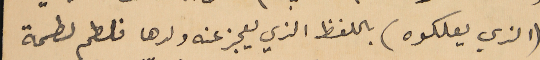
(الذي يعلكوه) باللفظ الذي يعجز عنه ولدها فلطم لطمة